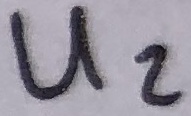
Text: U2